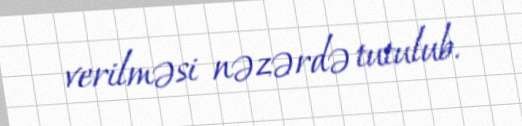
verilməsi nəzərdə tutulub.